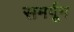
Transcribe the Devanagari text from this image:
समर्पून